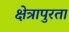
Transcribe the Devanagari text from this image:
क्षेत्रापुरता